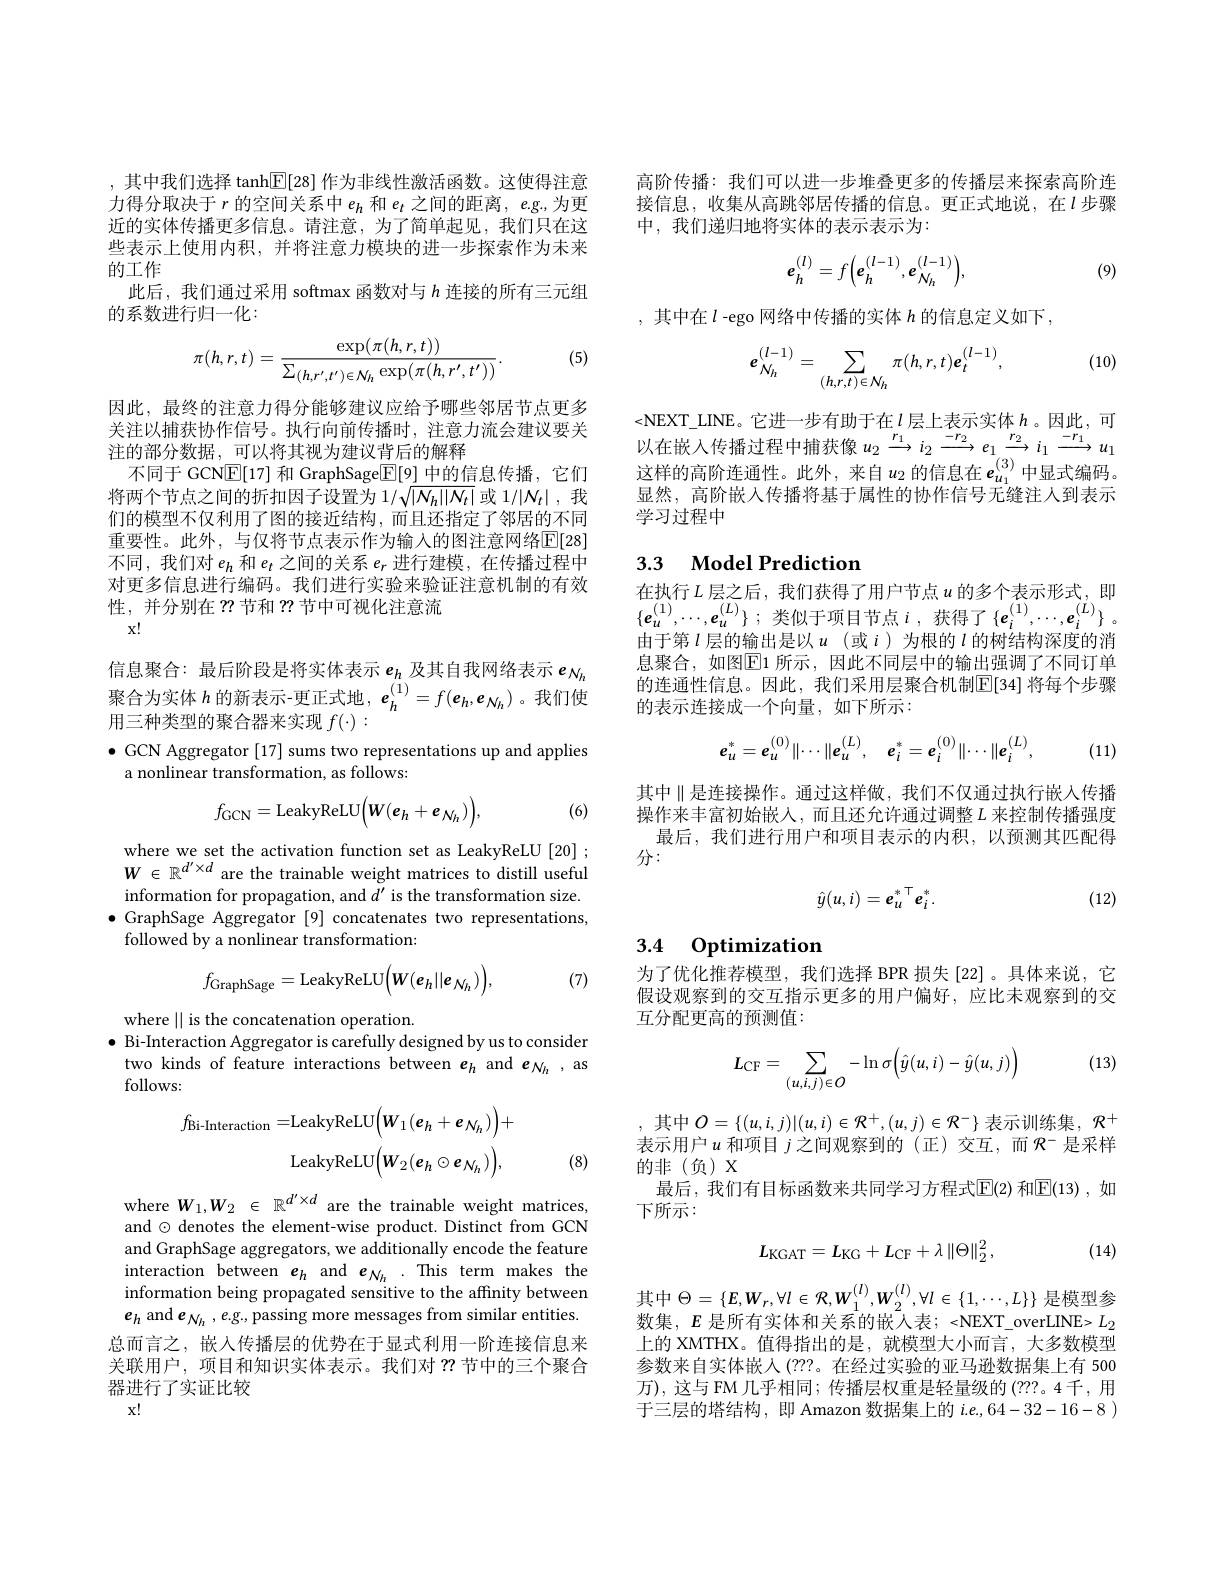
,其中我们选择 tanh$\underline{\mathbb{E}}[28]$作为非线性激活函数。这使得注意力得分取决于$r$的空间关系中$e_h$和$e_t$之间的距离，$e$g.,为更近的实体传播更多信息。请注意，为了简单起见，我们只在这些表示上使用内积，并将注意力模块的进一步探索作为未来的工作
此后，我们通过采用 softmax 函数对与$h$连接的所有三元组
的系数进行归一化：

(5)
$$\pi(h,r,t)=\frac{\exp(\pi(h,r,t))}{\sum_{(h,r',t')\in\mathcal{N}_{h}}\exp(\pi(h,r',t'))}.$$
因此，最终的注意力得分能够建议应给予哪些邻居节点更多关注以捕获协作信号。执行向前传播时，注意力流会建议要关注的部分数据，可以将其视为建议背后的解释
不同于 GCN$\boxed{\mathrm{E}}[17]$和 GraphSage$\boxed{\mathrm{F}}[9]$中的信息传播，它们将两个节点之间的折扣因子设置为 1/$\sqrt{|N_h||N_t|}$或 1/|N$_t|$,我们的模型不仅利用了图的接近结构，而且还指定了邻居的不同重要性。此外，与仅将节点表示作为输入的图注意网络$\mathbb{E}[28]$ 不同，我们对$e_h$和$e_t$之间的关系$e_r$进行建模，在传播过程中对更多信息进行编码。我们进行实验来验证注意机制的有效性，并分别在？?节和？?节中可视化注意流

$x!$

信 息 聚 合 : 最 后 阶 段 是 将 实 体 表 示 $e_{h}$ 及 其 自 我 网 络 表 示 $e_{N_{h}}$ 聚 合 为 实 体 $h$ 的 新 表 示 - 更 正 式 地 , $e_{h}^{( 1) }= f( e_{h}, e_{N_{h}})$。我 们 使 用 二 种 米 利 的 取 今 县 亚 守 现 $f( _{i}) .$
用三种类型的聚合器来实现$f(\cdot):$
$\bullet$ GCN Aggregator [17] sums two representations up and applies
a nonlinear transformation, as follows:
$$f_{\mathrm{GCN}}=\mathrm{LeakyReLU}\Big(W(e_{h}+e_{N_{h}})\Big),$$
(6)

where we set the activation function set as LeakyReLU[20] ; $W\in\mathbb{R}^{d^{\prime}\times d}$ are the trainable weight matrices to distill useful information for propagation, and $d^\prime$ is the transformation size. $\bullet$ GraphSage Aggregator [9] concatenates two representations,
followed by a nonlinear transformation:

(7)
$$f_{\mathrm{GraphSage}}=\mathrm{LeakyReLU}\Big(W(e_{h}||e_{N_{h}})\Big),$$
where || is the concatenation operation.
$\bullet$ Bi-Interaction Aggregator is carefully designed by us to consider two kinds of feature interactions between $e_h$ and $e_{N_h}$, as follows:
$$\begin{aligned}f_{\mathrm{Bi-Interaction}}=&\mathrm{LeakyReLU}\Big(\boldsymbol{W}_{1}(\boldsymbol{e}_{h}+\boldsymbol{e}_{\mathcal{N}_{h}})\Big)+\\&\mathrm{LeakyReLU}\Big(\boldsymbol{W}_{2}(\boldsymbol{e}_{h}\odot\boldsymbol{e}_{\mathcal{N}_{h}})\Big),\end{aligned}$$
(8)

where $W_1,W_2\in\mathbb{R}^{d^{\prime}\times d}$ are the trainable weight matrices, and $\odot$ denotes the element-wise product. Distinct from GCN and GraphSage aggregators, we additionally encode the feature interaction between $e_h$ and $e_{N_h}$ . This term makes the information being propagated sensitive to the affinity between $e_h$ and e$_N_h,e.g.$,passing more messages from similar entities. 总而言之，嵌入传播层的优势在于显式利用一阶连接信息来关联用户，项目和知识实体表示。我们对？?节中的三个聚合器进行了实证比较
$x!$

高阶传播：我们可以进一步堆叠更多的传播层来探索高阶连接信息，收集从高跳邻居传播的信息。更正式地说，在$l$步骤中，我们递归地将实体的表示表示为：
$$e_h^{(l)}=f\Big(e_h^{(l-1)},e_{N_h}^{(l-1)}\Big),$$
(9)

,其中在$l$ -ego 网络中传播的实体$h$的信息定义如下，

(10)
$$e_{N_h}^{(l-1)}=\sum_{(h,r,t)\in N_h}\pi(h,r,t)e_t^{(l-1)},$$
<NEXT\_LINE。它进一步有助于在$\iota$层上表示实体$h$。因此，可$\bar{\text{以在嵌入传播过程中捕获像}u_{2}\xrightarrow{r_{1}}i_{2}\xrightarrow{-r_{2}}e_{1}\xrightarrow{r_{2}}i_{1}\xrightarrow{-r_{1}}u_{1}}$ 这样的高阶连通性。此外，来自$u_2$的信息在$e_{u_1}^{(3)}$中显式编码显然，高阶嵌入传播将基于属性的协作信号无缝注人到表示学习过程中

## 3.3 Model Prediction

在执行$L$层之后，我们获得了用户节点$u$的多个表示形式，即$\{\boldsymbol{e}_{u}^{(1)},\cdots,\boldsymbol{e}_{u}^{(L)}\};$类似于项目节点$i$,获得了$\{\boldsymbol e_i^{(1)},\cdots,\boldsymbol{e}_i^{(L)}\}$。由于第$l$层的输出是以$u$(或$i$)为根的$l$ 的树结构深度的消息聚合，如图$\overline{\mathrm{E}}$1 所示，因此不同层中的输出强调了不同订单的连通性信息。因此，我们采用层聚合机制$\mathbb{E}[34]$ 将每个步骤的表示连接成一个向量，如下所示：
$$e_u^*=e_u^{(0)}\|\cdots\|e_u^{(L)},\quad e_i^*=e_i^{(0)}\|\cdots\|e_i^{(L)},$$
(11)

其中$\parallel$是连接操作。通过这样做，我们不仅通过执行嵌人传播操作来丰富初始嵌入，而且还允许通过调整$L$ 来控制传播强度
最后，我们进行用户和项目表示的内积，以预测其匹配得
分：
$$\hat{y}(u,i)=e_u^{*\top}e_i^*.$$
(12)

## 3.4 Optimization

为了优化推荐模型，我们选择 BPR 损失[22]。具体来说，它假设观察到的交互指示更多的用户偏好，应比未观察到的交互分配更高的预测值：

(13)
$$L_{\mathrm{CF}}=\sum\limits_{(u,i,j)\in O}-\ln\sigma\Big(\hat{y}(u,i)-\hat{y}(u,j)\Big)$$
其中$O=\{(u,i,j)|(u,i)\in\mathcal{R}^+,(u,j)\in\mathcal{R}^-\}$表示训练集，$\mathcal{R}^+$ 表示用户$u$ 和项目 $j$ 之间观察到的(正)交互，而$\mathcal{R}^-$ 是采样的非(负)X
最后，我们有目标函数来共同学习方程式$\overline{\mathrm{E}}(2)$ 和$\overline{\mathrm{E}}(13)$, 如
下所示：

(14)
$$L_{\mathrm{KGAT}}=L_{\mathrm{KG}}+L_{\mathrm{CF}}+\lambda\left\|\Theta\right\|_{2}^{2},$$
其中$\Theta=\{E,W_r,\forall l\in{\mathcal{R}},W_1^{(l)},W_2^{(l)},\forall l\in\{1,\cdots,L\}\}$ 是模型参数集，$E$是所有实体和关系的嵌人表；<NEXT\_overLINE> $L_2$ 上的 XMTHX。值得指出的是，就模型大小而言，大多数模型参数来自实体嵌人(???。在经过实验的亚马逊数据集上有 500万),这与 FM 几乎相同；传播层权重是轻量级的 (???。4千，用于三层的塔结构，即 Amazon 数据集上的$i.e.,64-32-16-8$